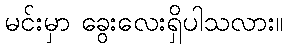
မင်းမှာ ခွေးလေးရှိပါသလား။